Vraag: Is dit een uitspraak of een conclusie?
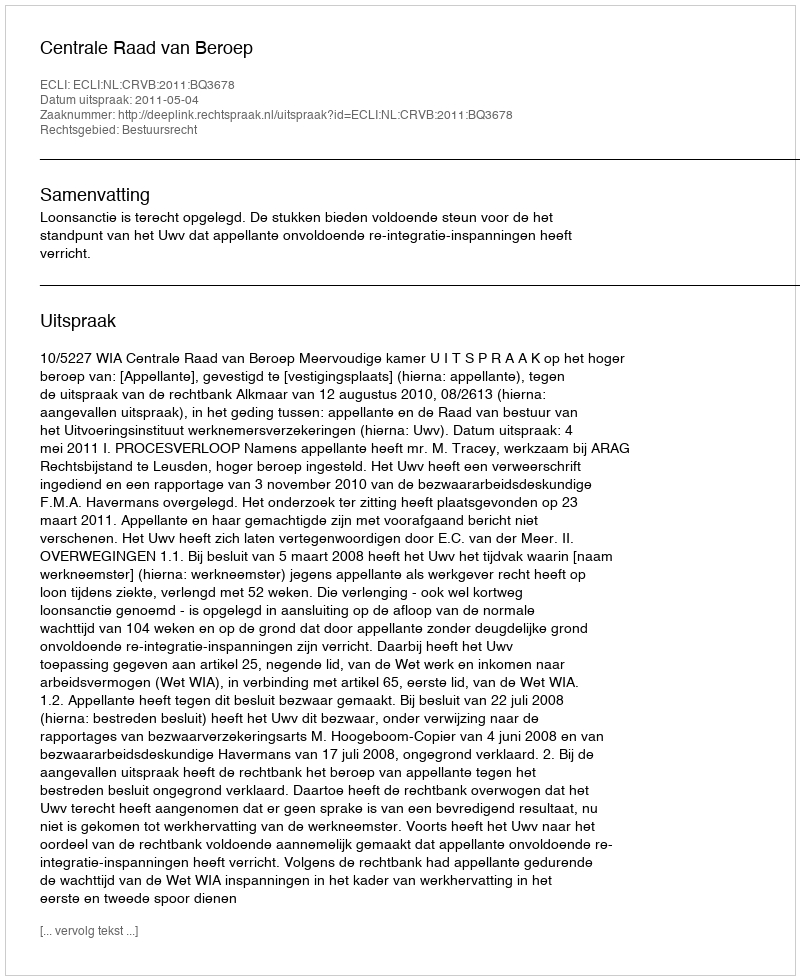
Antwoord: Uitspraak